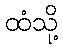
ထံသို့